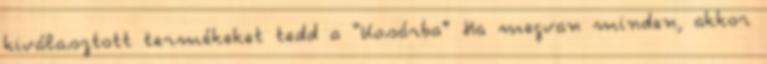
kiválasztott termékeket tedd a “Kosárba” Ha megvan minden, akkor